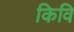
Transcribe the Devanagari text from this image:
किवि